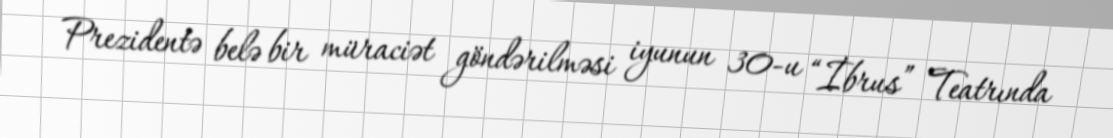
Prezidentə belə bir müraciət göndərilməsi iyunun 30-u “İbrus” Teatrında